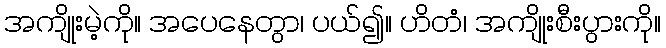
အကျိုးမဲ့ကို။ အပေနေတွာ၊ ပယ်၍။ ဟိတံ၊ အကျိုးစီးပွားကို။